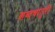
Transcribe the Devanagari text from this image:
शब्दचातुरी